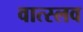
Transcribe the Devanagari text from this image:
वात्स्लव